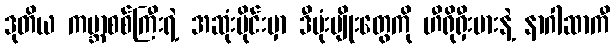
ဒုတိယ ကမ္ဘာစစ်ကြီးရဲ့ အဆုံးပိုင်းမှာ ဒီဗုံးမျိုးတွေကို ဟီရိုရှီးမားနဲ့ နာဂါဆာကီ